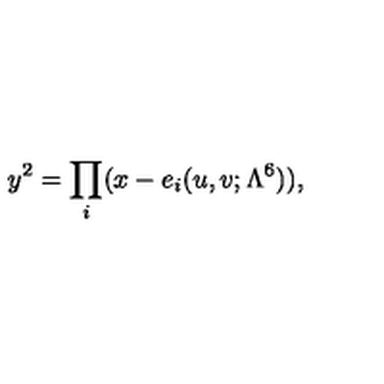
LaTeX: y ^ { 2 } = \prod _ { i } ( x - e _ { i } ( u , v ; \Lambda ^ { 6 } ) ) ,